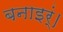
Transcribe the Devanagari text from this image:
बनाइर्ं।